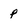
Character: p